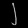
Digit: ၂